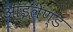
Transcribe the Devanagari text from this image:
आइलेण्ड